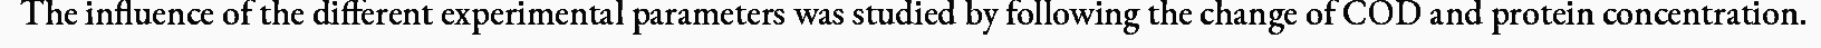
The influence of the different experimental parameters was studied by following the change of COD and protein concentration.